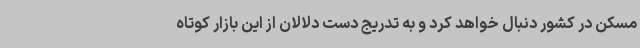
مسکن در کشور دنبال خواهد کرد و به تدریج دست دلالان از این بازار کوتاه